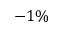
- 1 \%